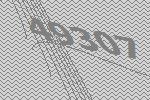
49307